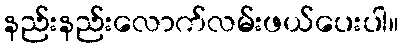
နည်းနည်းလောက်လမ်းဖယ်ပေးပါ။